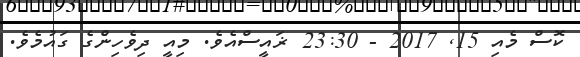
ކޮސް މެއި 15